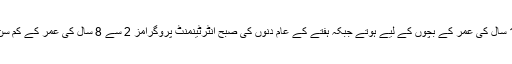
اس کے زیادہ تر پرگرامز 8 سے 16 سال کی عمر کے بچوں کے لیے ہوتے جبکہ ہفتے کے عام دنوں کی صبح انٹرٹینمنٹ پروگرامز 2 سے 8 سال کی عمر کے کم سن بچوں کے لیے نشر کیے جاتے ہیں۔